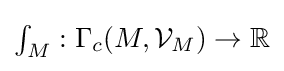
\textstyle \int _{M}:\Gamma _{c}(M,{\mathcal {V}}_{M})\to \mathbb {R}